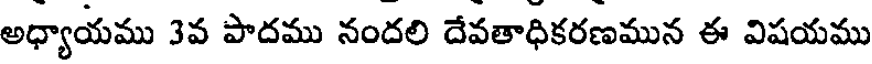
అధ్యాయము 3వ పాదము నందలి దేవతాధికరణమున ఈ విషయము